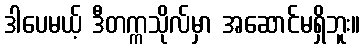
ဒါပေမယ့် ဒီတက္ကသိုလ်မှာ အဆောင်မရှိဘူး။